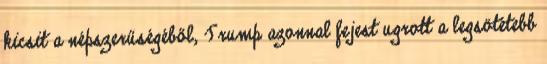
kicsit a népszerűségéből, Trump azonnal fejest ugrott a legsötétebb